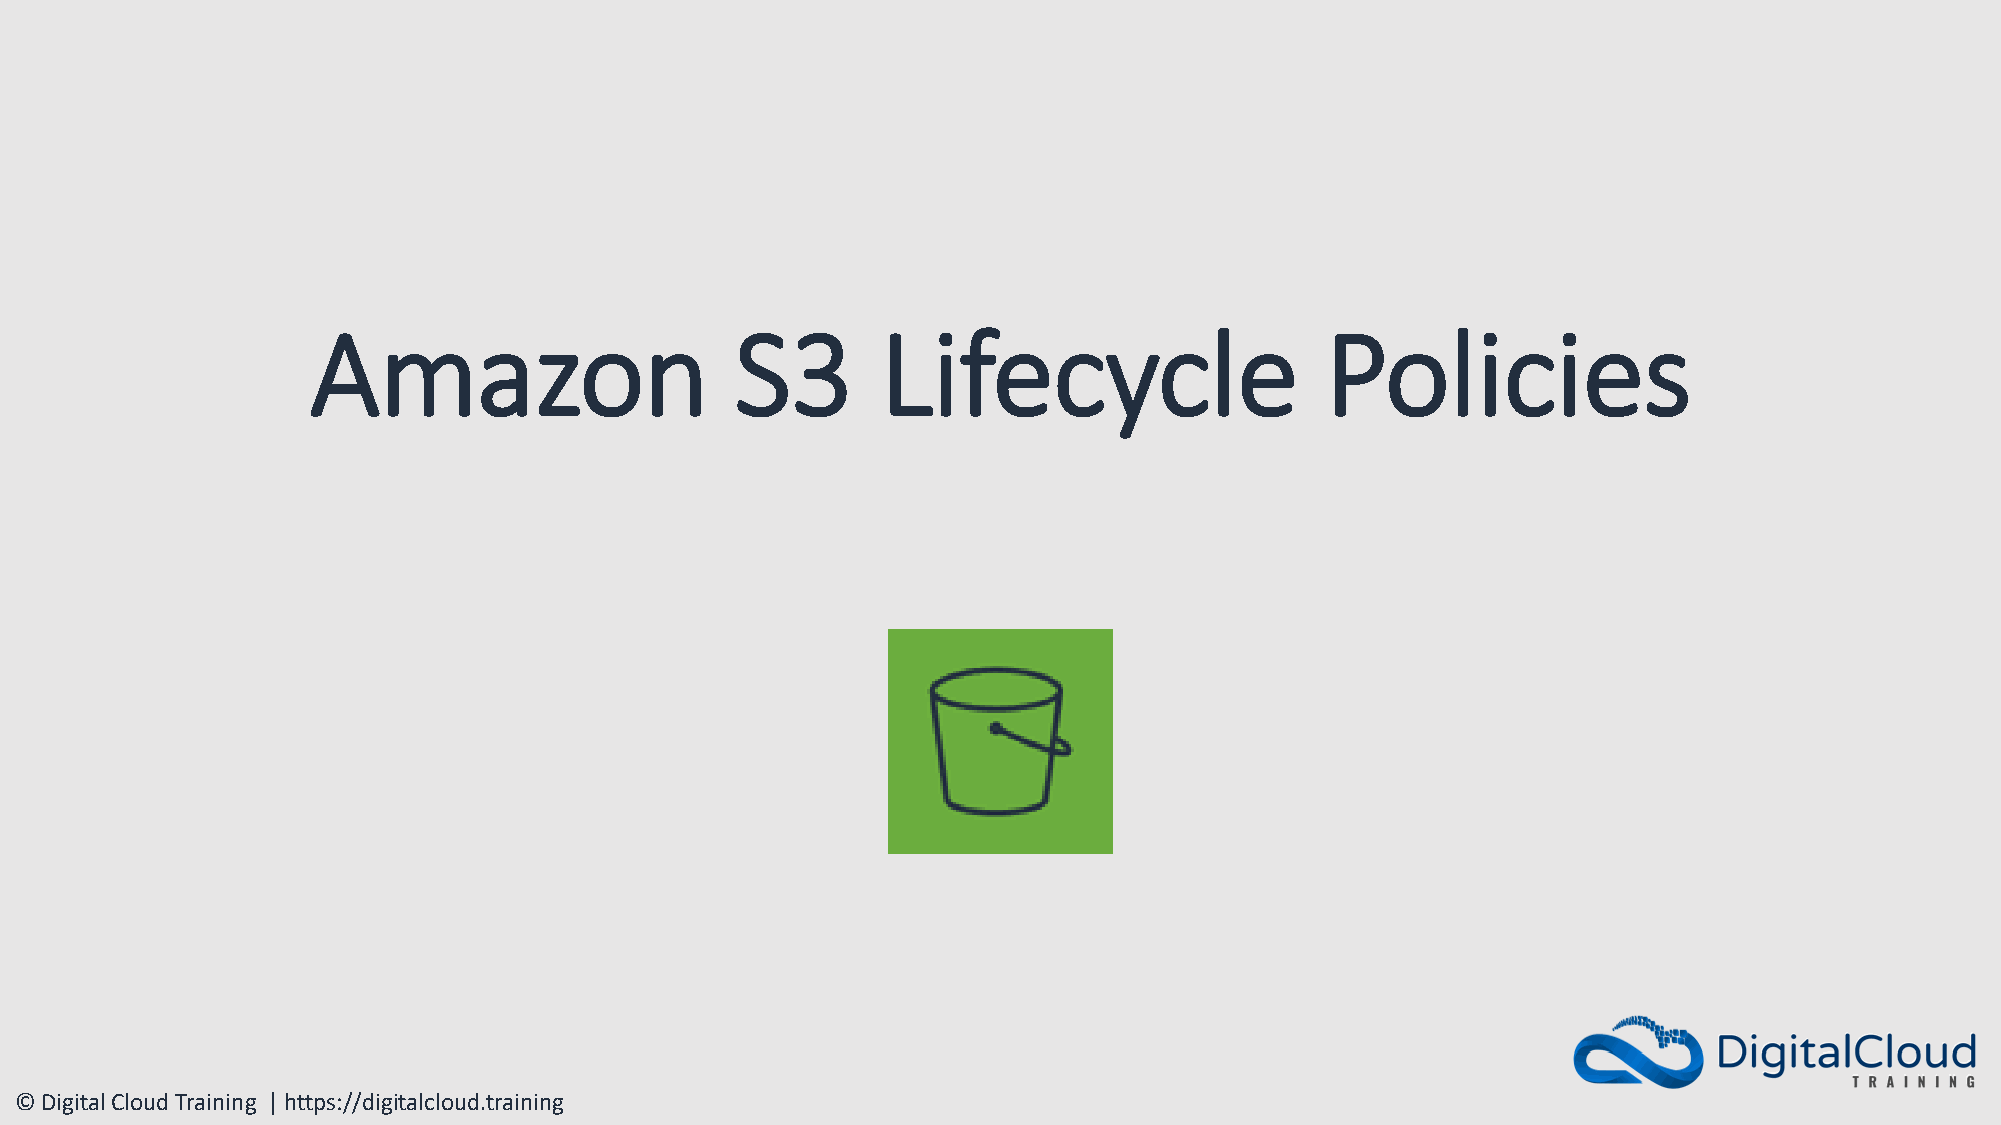
Amazon                      S3       Lifecycle                     Policies
 © Digital Cloud Training | https://digitalcloud.training